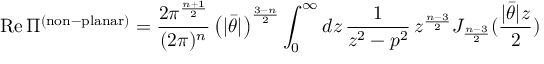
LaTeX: \mathrm { R e } \, \Pi ^ { \mathrm { ( n o n \mathrm { - } p l a n a r ) } } = \frac { 2 \pi ^ { \frac { n + 1 } { 2 } } } { ( 2 \pi ) ^ { n } } \left( | \bar { \theta } | \right) ^ { \frac { 3 - n } { 2 } } \int _ { 0 } ^ { \infty } d z \, \frac { 1 } { z ^ { 2 } - p ^ { 2 } } \, z ^ { \frac { n - 3 } { 2 } } J _ { \frac { n - 3 } { 2 } } ( \frac { | \bar { \theta } | z } { 2 } )